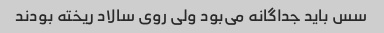
سس باید جداگانه می‌بود ولی روی سالاد ریخته بودند